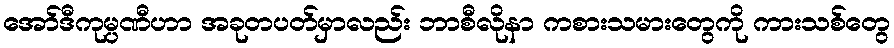
အော်ဒီကုမ္ပဏီဟာ အခုတပတ်မှာလည်း ဘာစီလိုနာ ကစားသမားတွေကို ကားသစ်တွေ